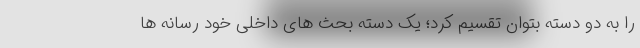
را به دو دسته بتوان تقسیم کرد؛ یک دسته بحث های داخلی خود رسانه ها